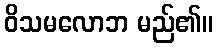
ဝိသမလောဘ မည်၏။